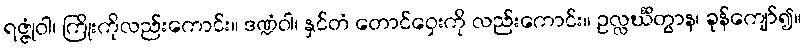
ရဇ္ဇုံဝါ၊ ကြိုးကိုလည်းကောင်း။ ဒဏ္ဍံဝါ၊ နှင်တံ တောင်ဝှေးကို လည်းကောင်း။ ဥလ္လင်္ဃိတွာန၊ ခုန်ကျော်၍။